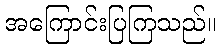
အကြောင်းပြကြသည်။